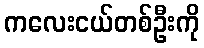
ကလေးငယ်တစ်ဦးကို